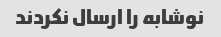
نوشابه را ارسال نکردند